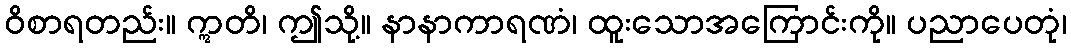
ဝိစာရတည်း။ ဣတိ၊ ဤသို့။ နာနာကာရဏံ၊ ထူးသောအကြောင်းကို။ ပညာပေတုံ၊